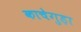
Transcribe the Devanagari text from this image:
काचेगुड़ा